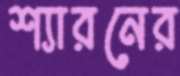
শ্যারনের